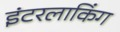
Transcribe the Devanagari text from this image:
इंटरलाकिंग